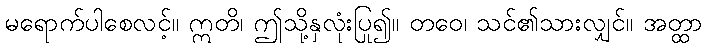
မရောက်ပါစေလင့်။ ဣတိ၊ ဤသို့နှလုံးပြု၍။ တဝေ၊ သင်၏သားလျှင်။ အတ္ထာ